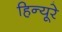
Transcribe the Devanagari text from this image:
हिन्यूरे